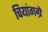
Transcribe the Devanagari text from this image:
चियांगग्रे